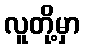
လူတို့မှာ